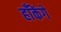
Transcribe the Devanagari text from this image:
हाँकेंगे